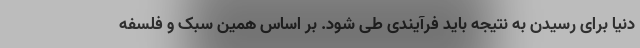
دنیا برای رسیدن به نتیجه باید فرآیندی طی شود. بر اساس همین سبک و فلسفه